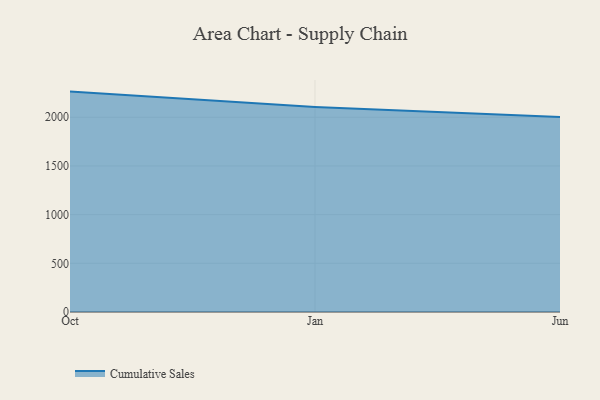
{"axis": {"x": "Month", "y": "Website Visitors"}, "legend": ["Cumulative Sales"], "data": [{"x": "Oct", "y": 2263.5, "type": "Cumulative Sales"}, {"x": "Jan", "y": 2106.1, "type": "Cumulative Sales"}, {"x": "Jun", "y": 2002.3, "type": "Cumulative Sales"}]}